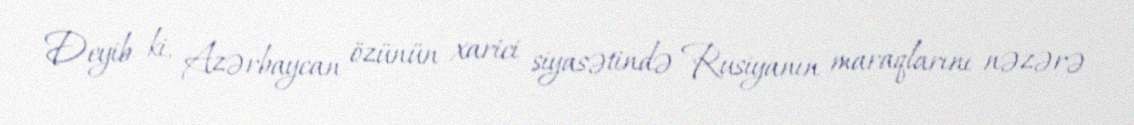
Deyib ki, Azərbaycan özünün xarici siyasətində Rusiyanın maraqlarını nəzərə